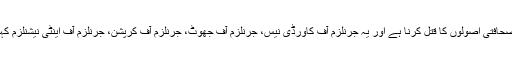
یہ نہ لکھنا اس اخبار کے صحافتی اصولوں کا قتل کرنا ہے اور یہ جرنلزم آف کاورڈی نیس، جرنلزم آف جھوٹ، جرنلزم آف کرپشن، جرنلزم آف اینٹی نیشنلزم کہلاتا ہے یا کہا جا سکتا ہے۔